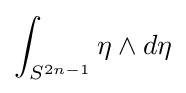
\int _{S^{2n-1}}\eta \wedge d\eta